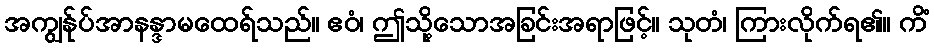
အကျွန်ုပ်အာနန္ဒာမထေရ်သည်။ ဧဝံ၊ ဤသို့သောအခြင်းအရာဖြင့်။ သုတံ၊ ကြားလိုက်ရ၏။ ကိံ